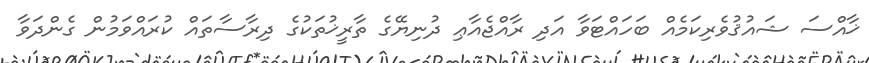
ޚާއްސަ ޝައުޤުވެރިކަމެއް ބަހައްޓަވާ އަދި ރާއްޖެއާޢި ދުނިޔޭގެ ތާރީޚުތަކުގެ ދިރާސާތައް ކުރައްވަމުން ގެންދަވާ